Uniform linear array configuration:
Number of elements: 64
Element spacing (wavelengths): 0.5
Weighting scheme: uniform
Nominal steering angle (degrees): -15
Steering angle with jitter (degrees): -14.88
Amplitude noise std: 0.05
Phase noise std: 0.05

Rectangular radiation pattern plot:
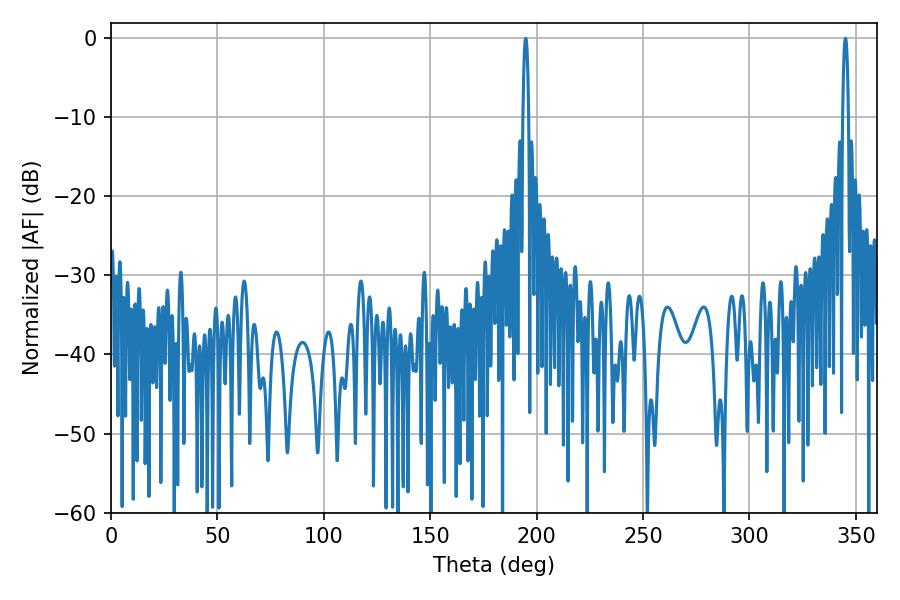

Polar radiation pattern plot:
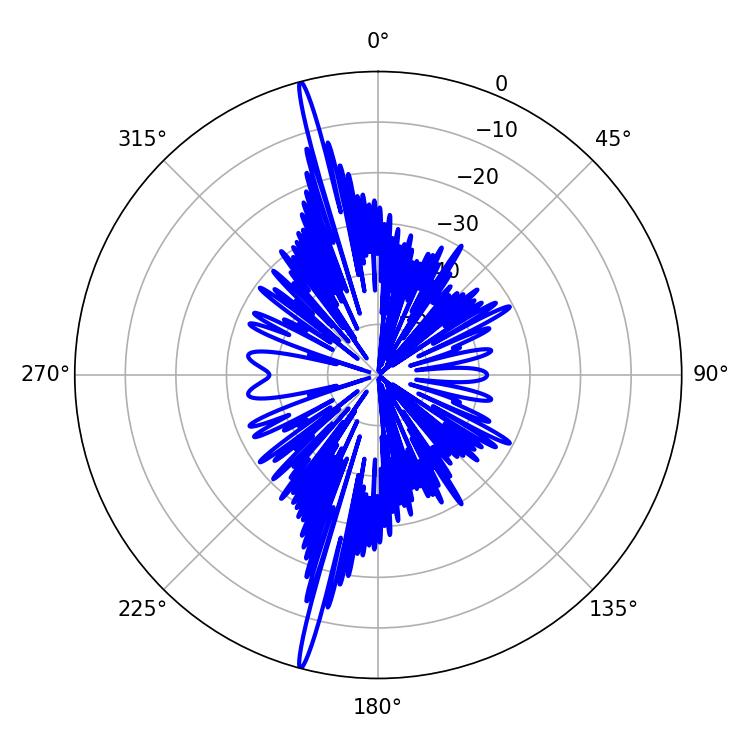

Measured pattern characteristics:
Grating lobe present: FALSE
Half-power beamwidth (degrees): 1.44
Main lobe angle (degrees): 345.06